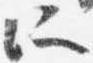
所